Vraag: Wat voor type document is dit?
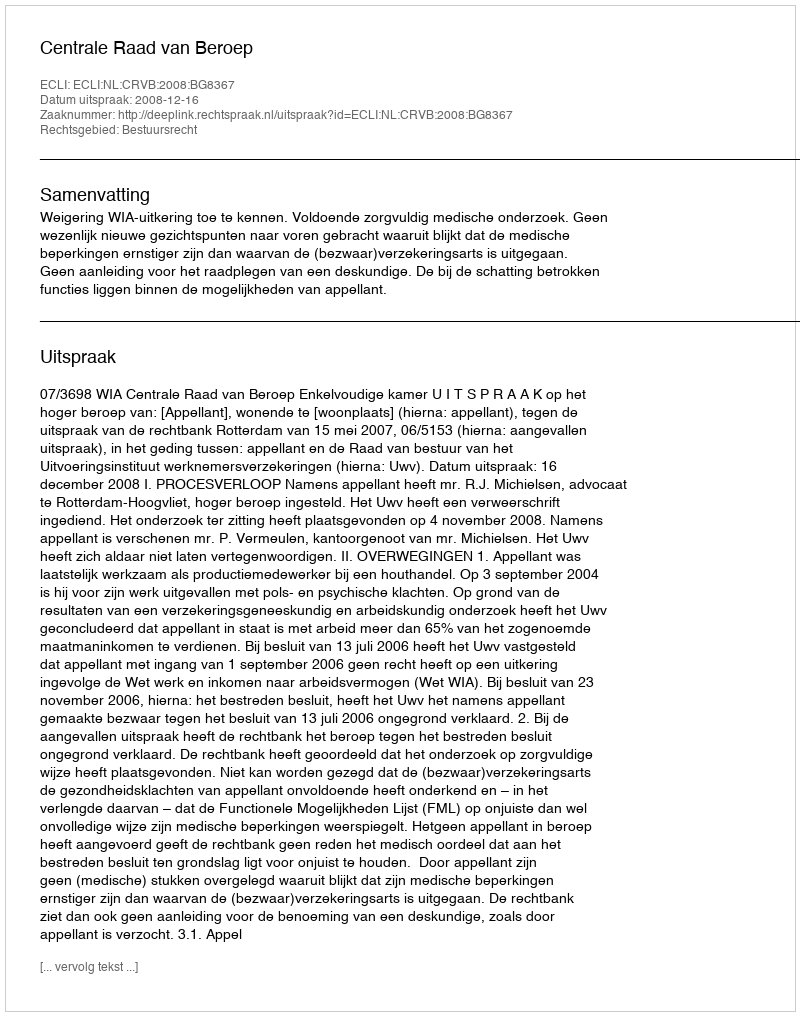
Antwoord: Uitspraak